Vaccination in the Punjab 1919-1929 - 1919-1929
Year: 1919
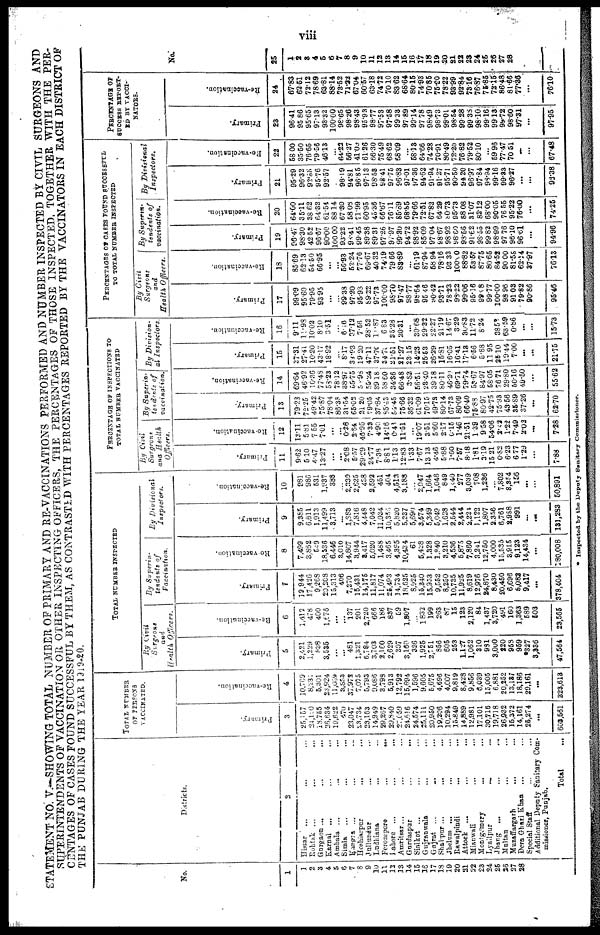
viii
STATEMENT NO. V.—SHOWING TOTAL NUMBER OF PRIMARY AND RE-VACCINATIONS PERFORMED AND NUMBER INSPECTED BY CIVIL SURGEONS AND
SUPERINTENDENTS OF VACCINATION OR OTHER INSPECTING OFFICERS, THE PERCENTAGES OF THOSE INSPECTED TOGETHER WITH THE PER-
CENTAGES OF CASES FOUND SUCCESSFUL BY THEM, AS CONTRASTED WITH PERCENTAGES REPORTED BY THE VACCINATORS IN EACH DISTRICT OF
THE PUNJAB DURING THE YEAR 1919-20.
No.
1
1
2
3
4
5
6
7
8
9
10
11
12
13
14
15
16
17
18
19
20
21
22
23
24
25
26
27
28
Districts.
2
Hissar
... ... ...
Rohtak ... ... ...
Gurgaon ... ... ...
Earnal ... ... ...
Ambala ... ... ...
Simla ... ... ...
Kangra ... ... ...
Hoshiarpur ... ...
Jullundur ... ... ...
Ludhiana ... ...
Ferozepore
...
...
Lahore ... ... ...
Amritsar... ... ...
Gordaspur
...
...
Sialkot ... ... ...
Gujranwala ... ...
Gujrat ... ... ...
Shahpur ... ... ...
Jhelum ... ... ...
Rawalpindi
...
...
Attack ... ... ...
Mianwali
...
...
Montgomery
...
...
Lyailpur
... ...
Jhang
...
...
...
Multan ... ...
Muzaffargarh ... ...
Dera Ghazi Khan ... ...
Special Staff ... ...
Additional Depoty Sanitary Com-
missioner, Punjab.
Total ...
TOTAL NUMBER
OF PERSONS
VACCINATED.
Primary.
3
25,057
24,120
18,755
26,634
19,622
470
21,047
23,734
23,163
14,949
29,267
29,840
27,659
24,616
24.574
25,111
20,950
19,206
10,294
15,849
14,889
12,981
17,101
30,716
19,718
26,932
15,372
14,161
25,274
...
603,561
Re-vaccination.
4
10,769
8,231
5,301
21,924
11,059
8,863
37,973
7,075
5,793
9,086
3,798
5,913
12,792
15,694
1,596
9.605
5,675
4,696
4,007
9,819
8,428
9,856
6,039
15,005
6,881
20,252
13,181
18,186
29,161
...
323,613
TOTAL NUMBER INSPECTED
By Civil
Surgeons
and
Health
Officers.
Primary.
5
2,421
1,229
838
3,535
...
...
481
1,321
6,784
3,703
2,160
2,629
307
8,160
325
1,925
2,751
856
605 253
1,127
1,062
810
981
3,000
220
953
959
.327
3,936
47,564
Re-vaccination.
6
1,412
478
400
1,678
...
...
137
201
2,720
666
186
837
69
1,807
...
1832
199
263
87
15
123
2,120
84
1,437
3,720
491
160
1,363
589
503
23,565
By
Superin-
tendents of
Vaccination.
Primary.
7
12,944
17,426
9,268
20,208
15,313
406
7,270
15,431
14,175
11,817
11,074
25,493
14,734
18,625
8,925
16,340
15,953
9,552
8,250
10,735
11,925
8,619
12,976
34,870
8,430
20,450
6,696
5,082
9,417
...
378,404
Re-vaccination.
8
7,499
3,862
509
18,936
6,446
8,010
14,807
3,944
8,417
5,020
1,468
3,465
4,395
10,434
61
5,428
1,328
l,840
3,210
4,536
5,875
7,860
3.241
12,750
4,000
15,535
3,915
9,123
14,434
...
180,008
By
Divisional
Inspectors.
Primary.
9
9,385
6,611
1,913
11,499
3,713
...
1,883
7,816
4,448
7,042
11,034
10,352
5,820
5,237
5,690
3,574
5,349
5,040
1,628
2,544
2,444
2,224
1,122
1,807
2,356
6,761
2,988
991
...
...
131,283
Re-vaccination.
10
981
986
531
1,937
383
...
2,330
2,625
438
3,592
451
404
4,513
3,183
...
2.947
1,664
1,046
849
1,240
277
3,039
708
1,236
...
7,802
8,354
156
...
50,891
PERCENTAGE OF INSPECTIONS TO
TOTAL NUMBER VACCINATED
By Civil
Surgeons
and
Health
Officers.
Primary.
11
9.62
6.10
4.47
13.27
...
...
2.08
5.57
29.29
24.77
7.38
8.81
1.13
12.83
1.33
7.67
13.13
4.46
5.88
1.60
7.57
8.18
1.81
3.19
15.21
0.52
6.23
6.77
1.29
...
7.88
Re-vaccination.
12
13.11
5.81
7.55
7.61
...
...
0.38
2.84
46.95
7.33
4.99
14.16
0.41
11.51
...
19.07
3.51
5.60
2.17
0.15
1.46
21.51
1.39
9.58
54.06
2.62
1.22
7.49
2.02
...
7.28
By
Superin-
tendents of
vaccination.
Primary.
13
79.23
72.25
49.42
75.87
78.04
86.35
31.54
65.62
21.20
79.05
37.84
65.43
66.45
75.66
36.32
61.09
76.15
49.73
80.14
67.73
80.09
66.40
75.83
80.97
42.75
75.93
43.56
35.89
37.26
...
62.70
Re-vaccination.
14
69.64
46.92
16.36
77.48
58.23
78.12
38.97
65.75
5.95
55.24
39.18
58.60
34.36
66.48
3.82
56.51
23.40
39.18
80.11
46.20
69.71
79.74
58.67
84.97
58.05
76.71
29.80
50.16
49.50
...
55.62
By
Division-
al
Inspectors
Primary.
15
37.31
27.41
10.20
43.17
18.92
...
8.17
33.93
19.20
47.11
87.70
34.76
21.51
21.27
23.15
14.23
25.63
26.29
15.81
16.05
16.41
17.18
6.56
5.88
11.95
25.10
19.44
7.00
...
...
21.75
Re-vaccination.
16
9.11
11.98
10.02
8.10
3.51
...
6.16
37.13
7.58
28.52
11.87
6.83
35.28
20.31
...
30.68
29.32
12.27
21.19
14.67
3.29
36.83
11.72
8.24
...
35.51
63.59
0.86
...
...
15.73
PERCENTAGES OF CASES FOUND SUCCESSFUL
TO TOTAL NUMBER INSPECTED
By
Civil
Surgeons
and
Health
Officers.
Primary.
17
99.09
95.60
70.95
93.95
...
...
99.33
97.20
95.93
89.22
97.73
100.00
98.70
97.47
98.77
98.64
95.46
90.43
83.71
78.23
98.22
99.06
95.16
99.68
99.77
100.00
98.96
91.03
79.82
90.86
95.46
Re-vaccination.
18
85.69
62.13
54.50
66.95
...
...
56.93
52.24
77.76
69.67
40.32
74.19
79.66
83.89
...
61.19
87.94
58.94
78.16
93.33
100.60
88.82
53.57
87.75
80.65
84.52
90.00
81.55
62.14
37.97
76.18
By
Superin-
tendents of
vaccination.
Primary.
19
90.47
98.30
42.62
96.67
90.00
100.00
93.22
92.41
99.45
89.38
89.31
97.26
97.97
99.30
94.72
98.92
85.09
97.04
98.67
98.92
98.60
93.56
91.62
98.56
99.82
98.99
97.76
98.10
96.61
...
94.96
Re-vaccination.
20
64.00
35.11
38.62
64.32
61.54
88.14
67.30
58.08
71.99
60.95
45.36
66.67
76.11
85.89
68.86
79.66
72.51
67.83
64.29
80.73
95.73
88.08
31.07
82.12
68.00
90.05
76.55
95.22
76.00
...
74.25
By
Divisional
Inspectors.
Primary.
21
95.29
96.32
92.00
95.76
92.57
...
98.19
94.81
96.85
97.13
98.58
98.41
97.76
96.83
97.01
97.36
94.62
91.94
91.27
95.71
90.50
94.20
96.97
97.84
98.94
99.16
99.33
96.27
...
...
96.38
Re-vaccination.
22
58.00
35.50
76.65
79.56
46.13
...
64.23
56.27
41.03
61.26
66.30
75.49
68.62
68.09
...
58.13
64.66
74.28
70.91
80.49
72.20
76.82
79.52
80.10
...
59.96
77.47
70.51
...
...
67.48
PERCENTAGE OF
SUCCESS REPORT-
ED BY VACCI-
NATORS.
Primary.
23
96.41
95.86
95.65
97.13
93.32
100.00
98.65
98.26
98.43
95.93
98.77
97.53
97.58
99.38
97.89
99.14
97.78
98.49
98.73
99.01
98.54
99.28
99.38
98.10
99.16
99.13
99.72
98.60
97.31
...
97.95
Re-vaccination.
24
67.83
62.51
72.12
78.69
63.81
88.14
73.52
71.22
67.04
60.57
63.18
74.72
70.10
83.62
68.84
80.15
74.98
70.85
75.20
78.22
93.99
92.84
73.16
76.87
75.85
72.15
86.48
81.86
77.36
...
76.10
No.
25
1
2
3
4
5
6
7
8
9
10
11
12
13
14
15
16
17
18
19
20
21
22
23
24
25
26
27
28
* Inspected by the Deputy Sanitary Commissioner.